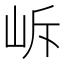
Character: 𡶜